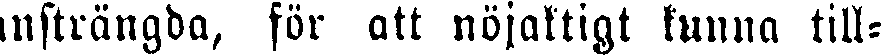
ansträngda, för att nöjaktigt kunna till-